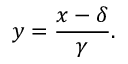
y = { \frac { x - \delta } { \gamma } } .